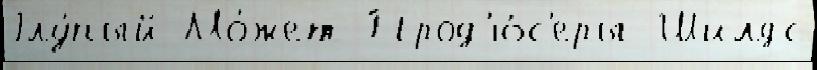
Глу́пый Мо́жет Прод'ю́с'еры Шилдс